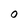
Character: 0